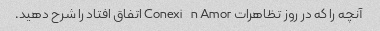
آنچه را که در روز تظاهرات Conexión Amor اتفاق افتاد را شرح دهید.